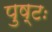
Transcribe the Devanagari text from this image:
पुष्टः